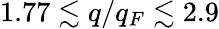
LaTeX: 1.77\lesssim q/q_{F}\lesssim 2.9